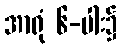
အာရုံ ၆-ပါး၌